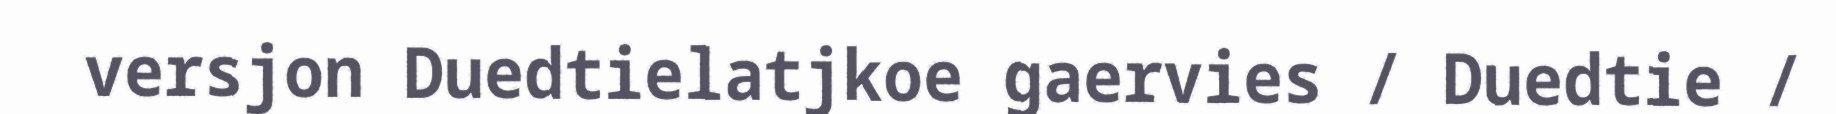
versjon Duedtielatjkoe gaervies / Duedtie /